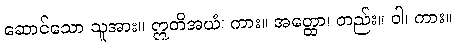
ဆောင်သော သူအား။ ဣတိအယံ၊ ကား။ အတ္ထော၊ တည်း။ ဝါ၊ ကား။